Indian journal of veterinary science and animal husbandry - Volume 14,
Year: 1944
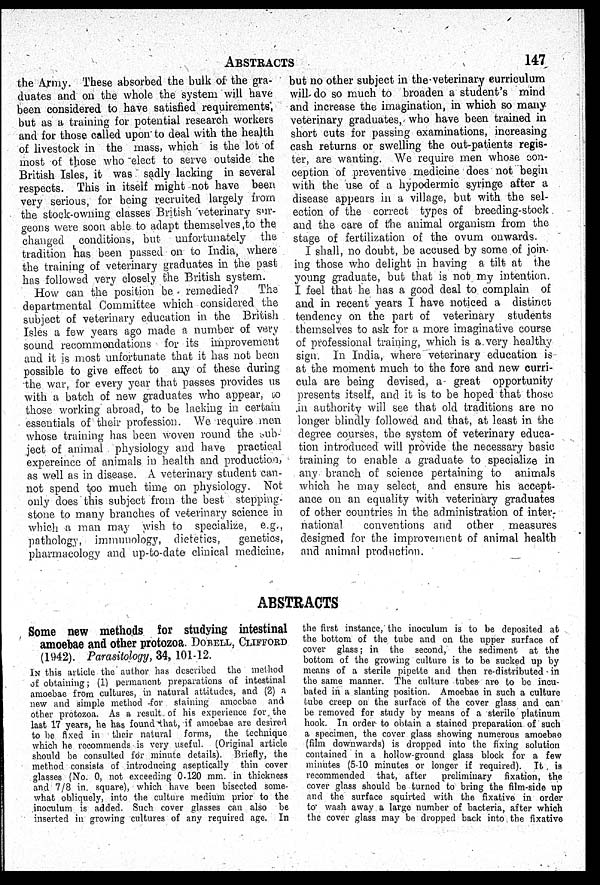
ABSTRACTS
147
the Army. These absorbed the bulk of the gra-
duates and on the whole the system will have
been considered to have satisfied requirements,
but as a training for potential research workers
and for those called upon to deal with the health
of livestock in the mass, which is the lot of
most of those who elect to serve outside the
British Isles, it was sadly lacking in several
respects. This in itself might not have been
very serious, for being recruited largely from
the stock-owning classes British veterinary sur-
geons were soon able to adapt themselves, to the
changed conditions, but unfortunately the
tradition has been passed on to India, where
the training of veterinary graduates in the past
has followed very closely the British system.
How can the position be remedied?
The
departmental Committee which considered the
subject of veterinary education in the British
Isles a few years ago made a number of very
sound recommendations for its improvement
and it is most unfortunate that it has not been
possible to give effect to any of these during
the war, for every year that passes provides us
with a batch of new graduates who appear, to
those working abroad, to be lacking in certain
essentials of their profession. We require men
whose training has been woven round the sub-
ject of animal physiology and have practical
expereince of animals in health and production,
as well as in disease. A veterinary student can-
not spend too much time on physiology. Not.
only does this subject from the best stepping-
stone to many branches of veterinary science in
which a man may wish to specialize, e.g.,
pathology, immunology, dietetics,
genetics,
pharmacology and up-to-date clinical medicine,
but no other subject in the veterinary curriculum
will do so much to broaden a student's mind
and increase the imagination, in which so many
veterinary graduates, who have been trained in
short cuts for passing examinations, increasing
cash returns or swelling the out-patients regis-
ter, are wanting. We require men whose con-
ception of preventive medicine does not begin
with the use of a hypodermic syringe after a
disease appears in a village, but with the sel-
ection of the correct types of breeding-stock
and the care of the animal organism from the
stage of fertilization of the ovum onwards.
I shall, no doubt, be accused by some of join-
ing those who delight in having a tilt at the
young graduate, but that is not my intention.
I feel that he has a good deal to complain of
and in recent years I have noticed a distinct
tendency on the part of veterinary students
themselves to ask for a more imaginative course
of professional training, which is a very healthy
sign. In India, where veterinary education is
at the moment much to the fore and new curri-
cula are being devised, a- great opportunity
presents itself, and it is to be hoped that those
in authority will see that old traditions are no
longer blindly followed and that, at least in the
degree courses, the system of veterinary educa-
tion introduced will provide the necessary basic
training to enable a graduate to specialize in
any branch of science pertaining to animals
which he may select, and ensure his accept-
ance on an equality with veterinary graduates
of other countries in the administration of inter-
national
conventions and other measures
designed for the improvement of animal health
and animal production.
ABSTRACTS
Some new methods for studying intestinal
amoebae and other protozoa. DOBELL, CLIFFORD
(1942). Parasitology, 34, 101-12.
IN this article the author has described the method
of obtaining; (1) permanent preparations of intestinal
amoebae from cultures, in natural attitudes, and (2) a
new and simple method for staining amocbae and
other protozoa. As a result, of his experience for the
last 17 years, he has found that, if amoebae are desired
to be fixed in their natural forms, the technique
which he recommends is very useful. (Original article
should be consulted for minute details). Briefly, the
method consists of introducing aseptically thin cover
glasses (No. 0, not exceeding 0.120 mm. in thickness
and 7/8 in. square), which have been bisected some-
what obliquely, into the culture medium prior to the
inoculum is added. Such cover glasses can also be
inserted in growing cultures of any required age. In
the first instance, the inoculum is to be deposited at
the bottom of the tube and on the upper surface of
cover glass; in the second, the sediment at the
bottom of the growing culture is to be sucked up by
means of a sterile pipette and then re-distributed in
the same manner. The culture tubes are to be incu-
bated in a slanting position. Amoebae in such a culture
tube creep on the surface of the cover glass and can
be removed for study by means of a sterile platinum
hook. In order to obtain a stained preparation of such
a specimen, the cover glass showing numerous amoebae
(film downwards) is dropped into the fixing solution
contained in a hollow-ground glass block for a few
minutes (5-10 minutes or longer if required). It is
recommended that, after
preliminary fixation, the
cover glass should be turned to bring the film-side up
and the surface squirted with the fixative in order
to wash away a large number of bacteria, after which
the cover glass may be dropped back into the fixative